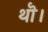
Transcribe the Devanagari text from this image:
थॊ।